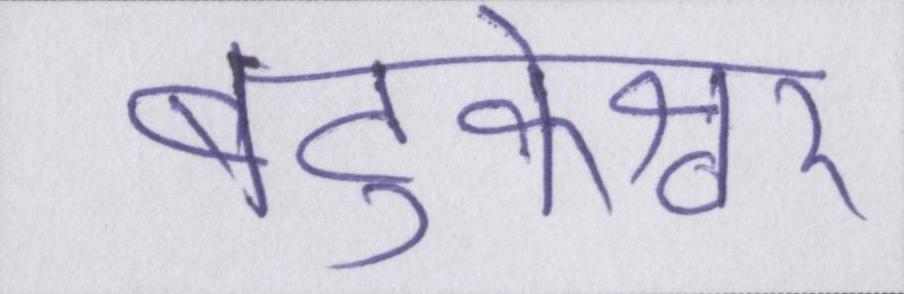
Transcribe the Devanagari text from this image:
बटुकेश्वर